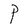
Character: P